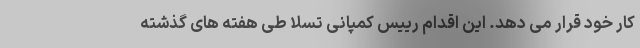
کار خود قرار می دهد. این اقدام رییس کمپانی تسلا طی هفته های گذشته